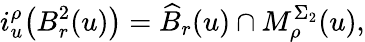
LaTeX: i_{u}^{\rho}\big({B}_{r}^{2}(u)\big)=\widehat{B}_{r}(u)\cap M_{\rho}^{\Sigma_{2}}(u),